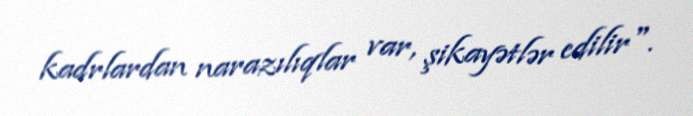
kadrlardan narazılıqlar var, şikayətlər edilir".